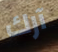
آرك